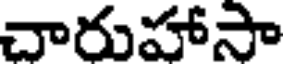
చారుహాసా